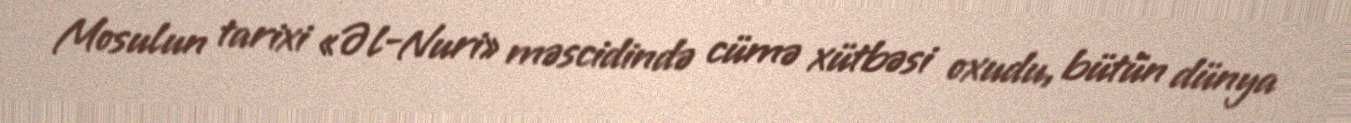
Mosulun tarixi «Əl-Nuri» məscidində cümə xütbəsi oxudu, bütün dünya